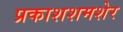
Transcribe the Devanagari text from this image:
प्रकाशशमशेर